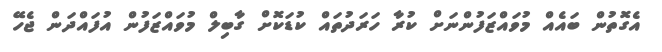
އެގޮތުން ބައެއް މުވައްޒަފުންނަށް ކުރާ ހަރަދުތައް ކުޑަކޮށް ގާބިލް މުވައްޒަފުން އުފައްދަން ޖެހޭ